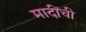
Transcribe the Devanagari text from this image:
मादींची